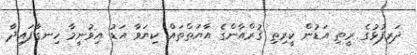
ދަރިފުޅުގެ ރީތި އަޑުން ކީރިތި ޤުރްއާންގެ އާޔަތްތައް ކިޔަވާ އަޑު އިވުނީމާ ހިނގާފައިދާ